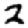
Digit: 2